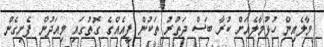
މާލެއިން ހުޅުމާލެއަށް ކުރާ ބަސް ދަތުރު ތަކުން ފީއެއްގެ ގޮތުގައި މިއަދުން ފެށިގެން